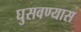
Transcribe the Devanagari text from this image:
घुसवण्यास